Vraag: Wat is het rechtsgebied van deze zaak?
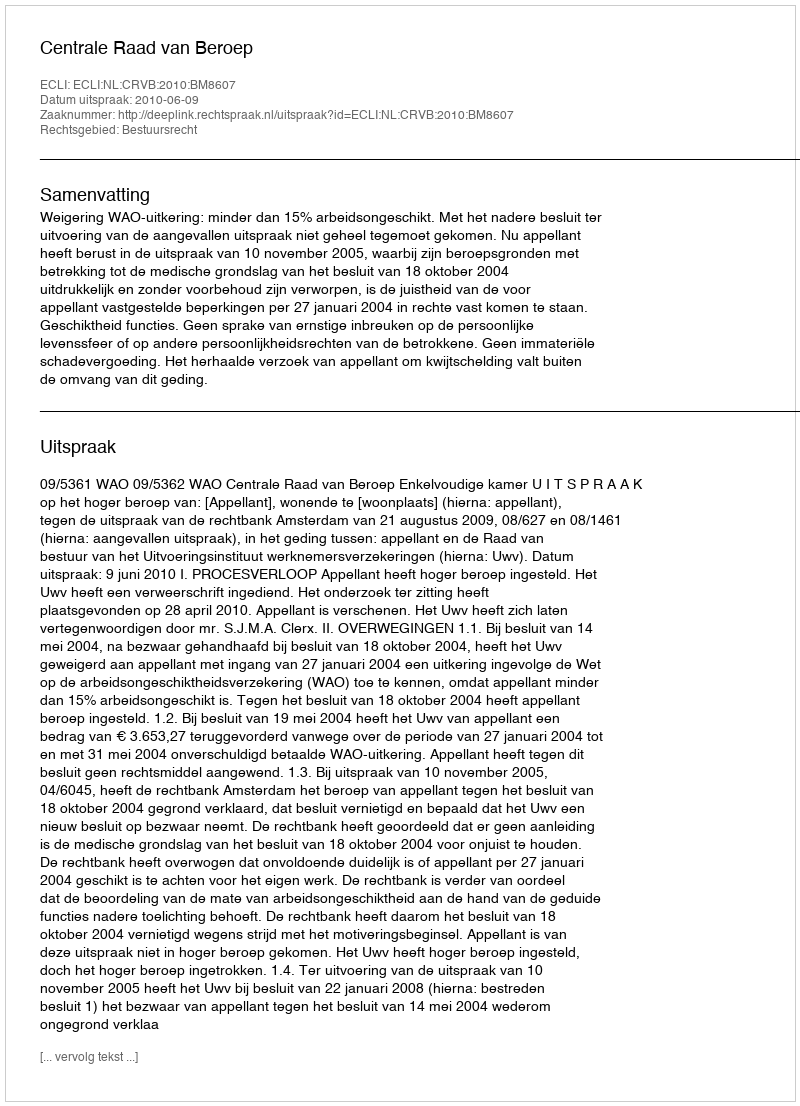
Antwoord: Bestuursrecht